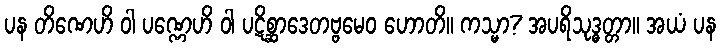
ပန တိဏေဟိ ဝါ ပဏ္ဏေဟိ ဝါ ပဋိစ္ဆာဒေတဗ္ဗမေဝ ဟောတိ။ ကသ္မာ? အပရိသုဒ္ဓတ္တာ။ အယံ ပန